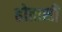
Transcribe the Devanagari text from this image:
होतासी